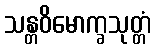
သန္တဝိမောက္ခသုတ္တံ